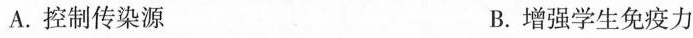
A.控制传染源 B.增强学生免疫力